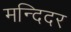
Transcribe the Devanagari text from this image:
मन्दिदर